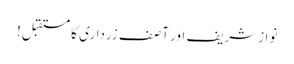
نوازشریف اور آصف زرداری کا مستقبل!